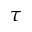
\tau